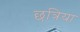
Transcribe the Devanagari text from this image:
छत्रिया